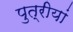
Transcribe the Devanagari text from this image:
पुत्रीयां